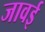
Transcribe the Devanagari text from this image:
जावई